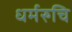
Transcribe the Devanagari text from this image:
धर्मरुचि